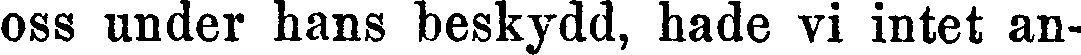
oss under hans beskydd, hade vi intet an-